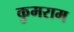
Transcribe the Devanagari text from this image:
कुमराम